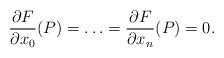
LaTeX: \begin{align*} \frac{\partial F}{\partial x_0}(P)= \ldots = \frac{\partial{F}}{\partial x_n}(P) = 0.\end{align*}